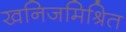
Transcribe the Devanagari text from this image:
खनिजमिश्रित